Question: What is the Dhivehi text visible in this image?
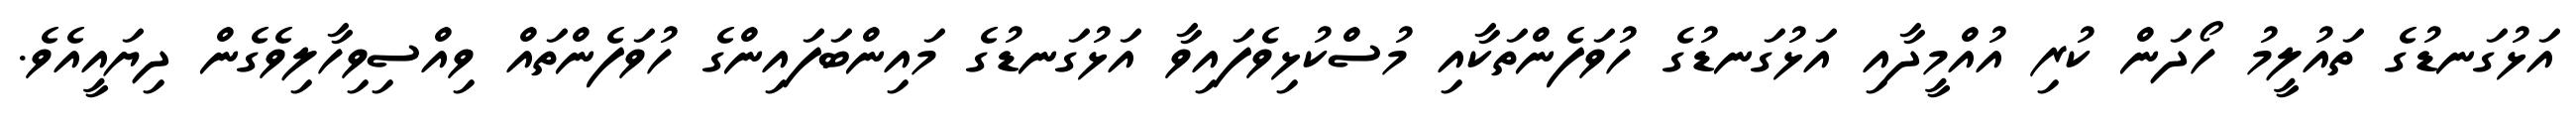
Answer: އަޅުގަނޑުގެ ތައުލީމު ހޯދަން ކުރި އުއްމީދާއި އަޅުގަނޑުގެ ހުވަފެންތަކާއި މުސްކުޅިވެފައިވާ އަޅުގަނޑުގެ މައިންބަފައިންގެ ހުވަފެންތައް ވިއްސިވިހާލިވެގެން ދިޔައީއެވެ.